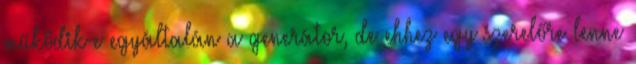
működik-e egyáltalán a generátor, de ehhez egy szerelőre lenne